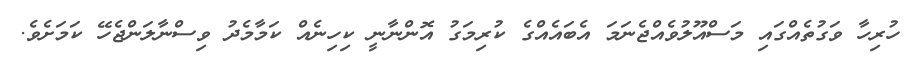
ހުރިހާ ވަގުތެއްގައި މަސްއޫލުވެއްޖެނަމަ އެބައެއްގެ ކުރިމަގު އޮންނާނީ ކިހިނެއް ކަމާމެދު ވިސްނާލަންޖެހޭ ކަމަށެވެ.